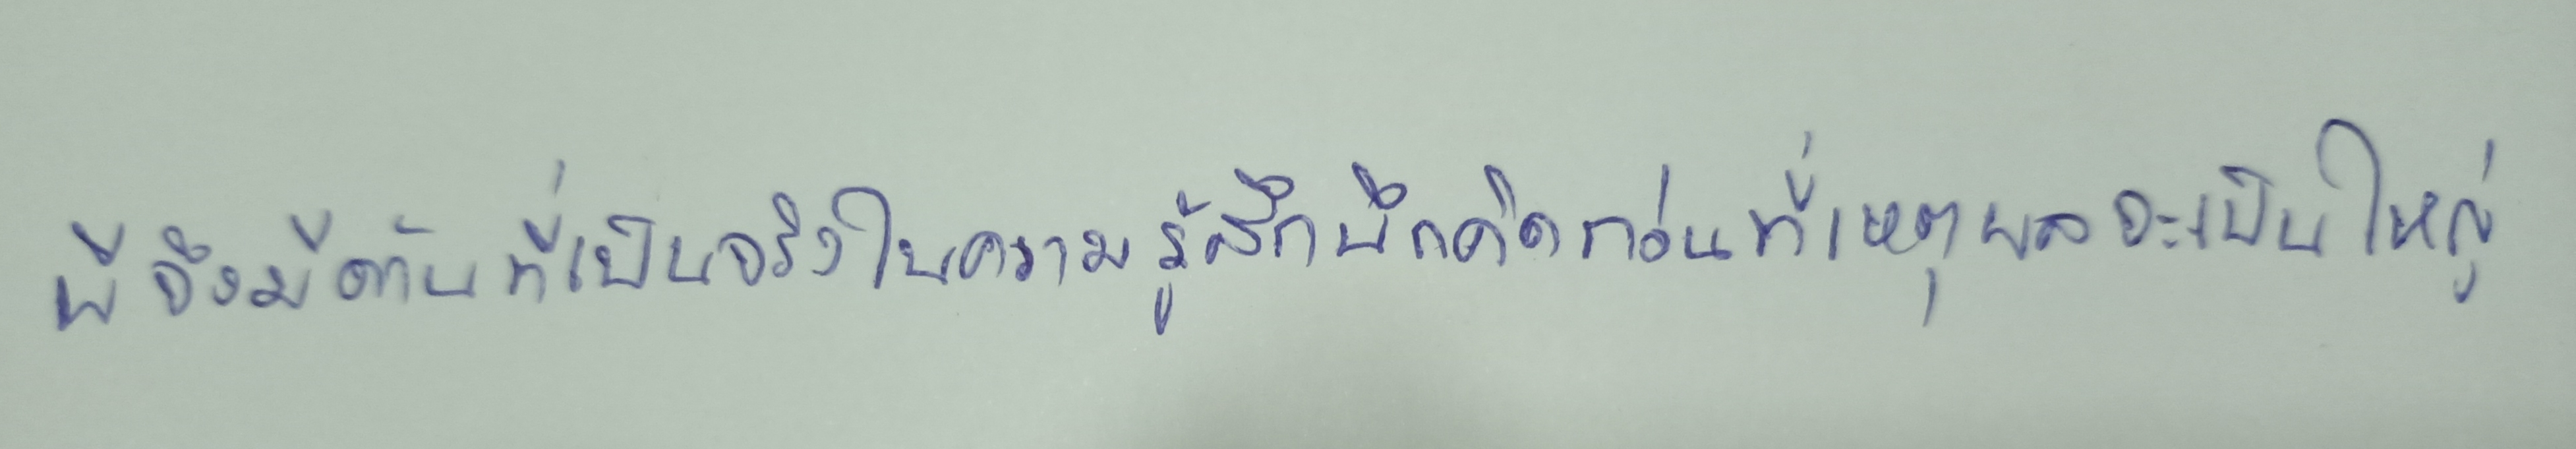
สอนให้นับถือเทพเจ้าเพียงองค์เดียวในเรื่องการสร้างโลกก็เชื่อว่า